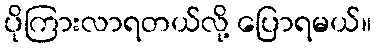
ပိုကြားလာရတယ်လို့ ပြောရမယ်။